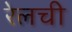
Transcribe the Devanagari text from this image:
रेलची